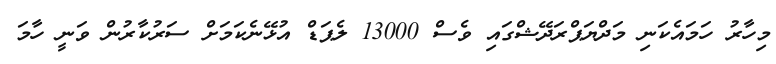
މިހާރު ހަމައެކަނި މަދްޔަޕްރަދޭޝްގައި ވެސް 13000 ލެޕަޑް އުޅޭނެކަމަށް ސަރުކާރުން ވަނީ ހާމަ